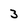
Character: 3